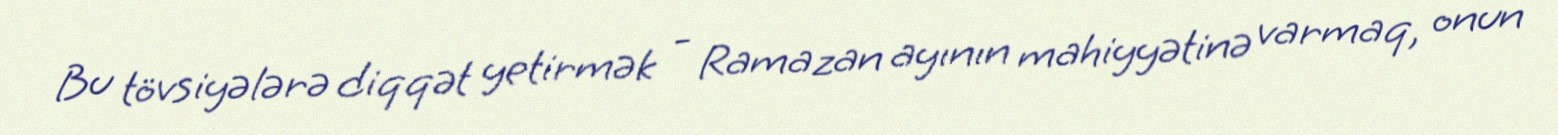
Bu tövsiyələrə diqqət yetirmək - Ramazan ayının mahiyyətinə varmaq, onun